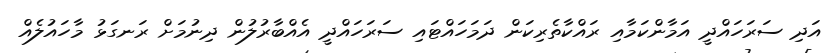
އަދި ސަރަހައްދީ އަމާންކަމާއި ރައްކާތެރިކަން ދަމަހައްޓައި ސަރަހައްދީ އެއްބާރުލުން ދިނުމަށް ރަނގަޅު މާހައުލެއް